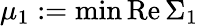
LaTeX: \mu_{1}:=\operatorname*{min}\mathrm{Re}\, \Sigma_{1}